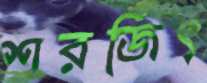
শরজিৎ